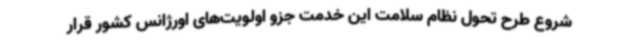
شروع طرح تحول نظام سلامت این خدمت جزو اولویت‌های اورژانس کشور قرار